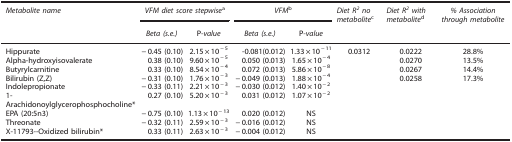
| Metabolite name | <COLSPAN=2> VFM diet score stepwisea | <COLSPAN=2> VFMb | Diet R2no metabolitec | Diet R2with metabolited | % Association through metabolite |
 |  | Beta (s.e.) | P-value | Beta (s.e.) | P-value |  |  |  |
 | --- | --- | --- | --- | --- | --- | --- | --- |
 | Hippurate | −0.45 (0.10) | 2.15 × 10−5 | -0.081(0.012) | 1.33 × 10−11 | 0.0312 | 0.0222 | 28.8% |
 | Alpha-hydroxyisovalerate | 0.38 (0.10) | 9.60 × 10−5 | 0.050 (0.013) | 1.65 × 10−4 |  | 0.0270 | 13.5% |
 | Butyrylcarnitine | 0.33 (0.10) | 8.54 × 10−4 | 0.072 (0.013) | 5.86 × 10−8 |  | 0.0267 | 14.4% |
 | Bilirubin (Z,Z) | −0.31 (0.10) | 1.76 × 10−3 | −0.049 (0.013) | 1.88 × 10−4 |  | 0.0258 | 17.3% |
 | Indolepropionate | −0.33 (0.11) | 2.21 × 10−3 | −0.030 (0.012) | 1.40 × 10−2 |  |  |  |
 | 1-Arachidonoylglycerophosphocholine* | 0.27 (0.10) | 5.20 × 10−3 | 0.031 (0.012) | 1.07 × 10−2 |  |  |  |
 | EPA (20:5n3) | −0.75 (0.10) | 1.13 × 10−13 | 0.020 (0.012) | NS |  |  |  |
 | Threonate | −0.32 (0.11) | 2.59 × 10−3 | −0.016 (0.012) | NS |  |  |  |
 | X-11793—Oxidized bilirubin* | 0.33 (0.11) | 2.63 × 10−3 | −0.004 (0.012) | NS |  |  |  |